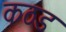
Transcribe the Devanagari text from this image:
कठड